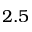
2 . 5